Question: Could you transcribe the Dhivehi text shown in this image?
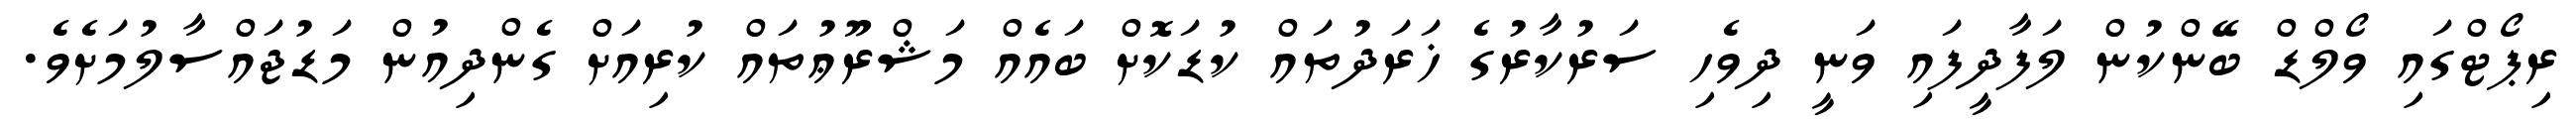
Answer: ރިޕޯޓްގައި ވޯލްޑް ބޭންކުން ލަފާދީފައި ވަނީ ދިވެހި ސަރުކާރުގެ ޚަރަދުތައް ކުޑަކޮށް ބައެއް މަޝްރޫޢުތައް ކުރިއަށް ގެންދިއުން މަޑުޖައްސާލުމަށެވެ.